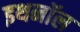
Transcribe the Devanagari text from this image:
इथनॉल